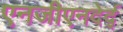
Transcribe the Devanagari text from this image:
एनजीएनदेर्द्